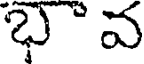
భవ